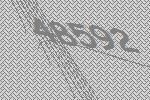
48592